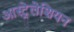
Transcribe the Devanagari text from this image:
आस्ट्रेलेशियन